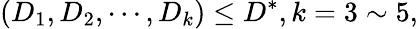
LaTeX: \left(D_{1},D_{2},\cdots,D_{k}\right)\le D^{*},k=3\sim 5,